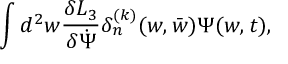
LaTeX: \int d ^ { 2 } w { \frac { \delta { \cal L } _ { 3 } } { \delta { \dot { \Psi } } } } \delta _ { n } ^ { ( k ) } ( w , { \bar { w } } ) \Psi ( w , t ) ,